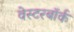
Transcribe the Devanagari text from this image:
वेस्टरबॉर्क